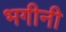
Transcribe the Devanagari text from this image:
भगीनी